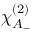
\chi _ { A _ { - } } ^ { ( 2 ) }